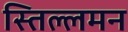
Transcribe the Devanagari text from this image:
स्तिल्लमन